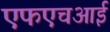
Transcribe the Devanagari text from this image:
एफएचआई